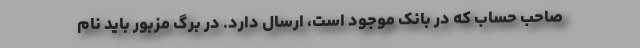
صاحب حساب که در بانک موجود است، ارسال دارد. در برگ مزبور باید نام